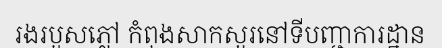
រងរបួសភ្លៅ កំពុងសាកសួរនៅទីបញ្ជាការដ្ឋាន